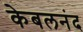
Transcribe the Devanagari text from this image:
केबलनंद